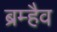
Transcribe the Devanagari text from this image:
ब्रम्हैव